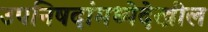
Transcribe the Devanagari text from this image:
उपनिषदांमध्येदेखील